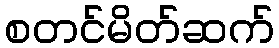
စတင်မိတ်ဆက်